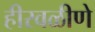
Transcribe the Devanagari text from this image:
हीरवळीणे